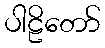
ပါဠိတော်